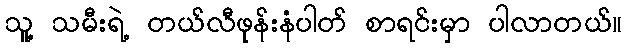
သူ့ သမီးရဲ့ တယ်လီဖုန်းနံပါတ် စာရင်းမှာ ပါလာတယ်။